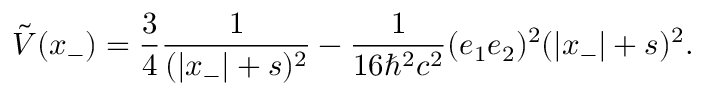
\tilde { V } ( x _ { - } ) = \frac { 3 } { 4 } \frac { 1 } { ( | x _ { - } | + s ) ^ { 2 } } - \frac { 1 } { 1 6 { \hbar } ^ { 2 } c ^ { 2 } } ( e _ { 1 } e _ { 2 } ) ^ { 2 } ( | x _ { - } | + s ) ^ { 2 } .